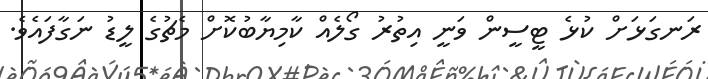
ރަނގަޅަށް ކުޅެ ޓީސީން ވަނީ އިތުރު ގޯލެއް ކާމިޔާބުކޮށް މެޗުގެ ލީޑު ނަގާފައެވެ.